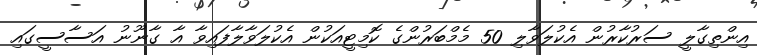
އިންތިގާލީ ސަރުކާރުން އެކުލަވާލި 50 މެމްބަރުންގެ ކޮމިޓީއަކުން އެކުލަވާލާފައިވާ އާ ގާނޫނު އަސާސީގައި